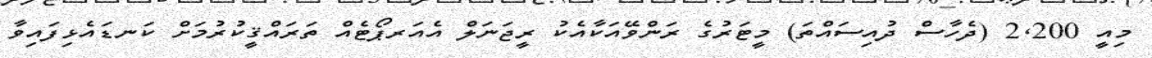
މިއީ 2